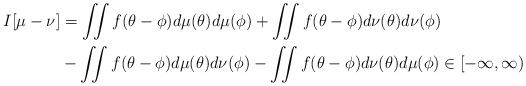
LaTeX: \begin{align*} I[\mu-\nu] &= \iint f(\theta - \phi) d \mu(\theta) d\mu (\phi) + \iint f(\theta - \phi) d \nu(\theta) d\nu (\phi) \\ & - \iint f(\theta - \phi) d \mu(\theta) d\nu (\phi) - \iint f(\theta - \phi) d \nu(\theta) d\mu (\phi) \in [-\infty, \infty) \end{align*}